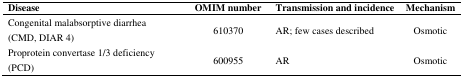
<table><thead><tr><td><b>Disease</b></td><td><b>OMIM number</b></td><td><b>Transmission and incidence</b></td><td><b>Mechanism</b></td></tr></thead><tbody><tr><td>Congenital malabsorptive diarrhea (CMD, DIAR 4)</td><td>610370</td><td>AR; few cases described</td><td>Osmotic</td></tr><tr><td>Proprotein convertase 1/3 deficiency (PCD)</td><td>600955</td><td>AR</td><td>Osmotic</td></tr></tbody></table>